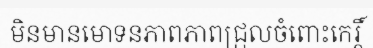
មិនមានមោទនភាពភាពជ្រុលចំពោះកេរ្តិ៍